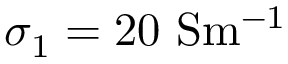
\sigma _ { 1 } = 2 0 ~ \mathrm { { S m ^ { - 1 } } }